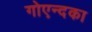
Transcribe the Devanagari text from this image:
गोएन्दका